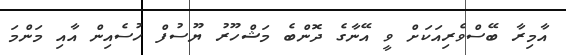
އާމިރާ ބޭސްވެރިއަކަށް ވީ އޭނާގެ ދޮންބެ މަޝްހޫރު ޔޫސުފް ހުސެއިން އާއި މަންމަ